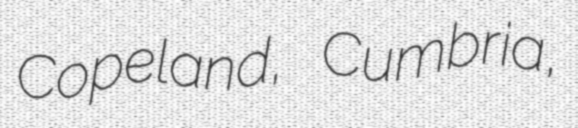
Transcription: Copeland, Cumbria,